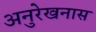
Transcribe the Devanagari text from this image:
अनुरेखनास